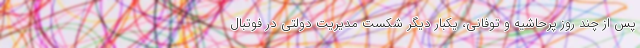
پس از چند روز پرحاشیه و توفانی، یکبار دیگر شکست مدیریت دولتی در فوتبال